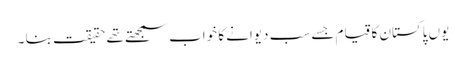
یوں پاکستان کا قیام جسے سب دیوانے کا خواب سمجھتے تھے حقیقت بنا ۔